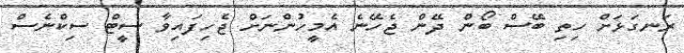
ރަނގަޅަށް ހިތި ބޭސް ބޯން ދޭން ޖެހޭނެ އެމީހުންނަށް ޖެހިފައިވާ ސީޓް ސިކްނެސް